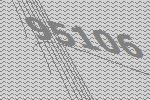
95106